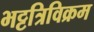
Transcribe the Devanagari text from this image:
भट्टत्रिविक्रम